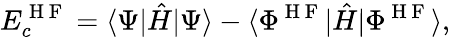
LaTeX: E_{c}^{\mathrm{~H~F~}}=\langle\Psi|\hat{H}|\Psi\rangle-\langle\Phi^{\mathrm{~H~F~}}|\hat{H}|\Phi^{\mathrm{~H~F~}}\rangle,